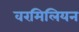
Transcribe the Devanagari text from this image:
वरमिलियन